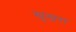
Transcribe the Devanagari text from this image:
खुखरा